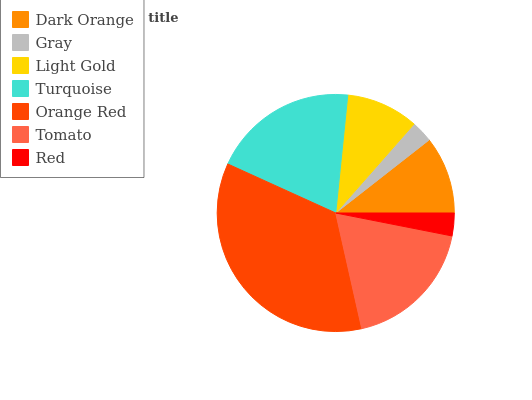
| Dark Orange | Gray | Light Gold | Turquoise | Orange Red | Tomato | Red |
 | --- | --- | --- | --- | --- | --- | --- |
 | 10.6% | 2.94% | 9.87% | 19.9% | 35.3% | 18.3% | 3.1% |